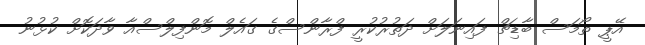
އޭޕީ ތޯމަސް ބާޑިޗް ފައިނަލަށް ދަތުރުކުރީ ފްރާންސްގެ ގައެލް މޮންފިލްސްއާ ވާދަކޮށް ކުޅުނު